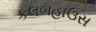
કલબહાઉસ